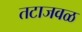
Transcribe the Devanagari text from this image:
तटाजवळ